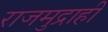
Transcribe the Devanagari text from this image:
राजमुद्राही